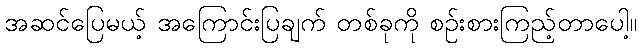
အဆင်ပြေမယ့် အကြောင်းပြချက် တစ်ခုကို စဉ်းစားကြည့်တာပေါ့။